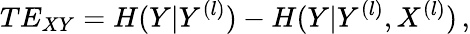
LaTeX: TE_{XY}=H(Y|Y^{(l)})-H(Y|Y^{(l)},X^{(l)})\, ,